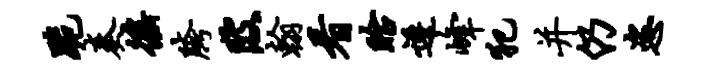
跪奏徭胯陂翰看眙逶峰犯并仍恣